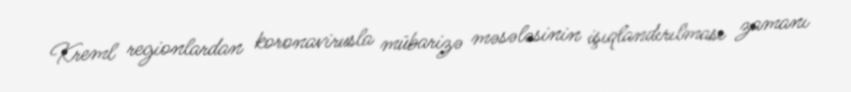
Kreml regionlardan koronavirusla mübarizə məsələsinin işıqlandırılması zamanı